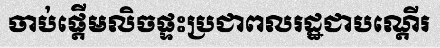
ចាប់ផ្តើមលិចផ្ទះប្រជាពលរដ្ឋជាបណ្តើរ